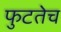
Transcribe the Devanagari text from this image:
फुटतेच